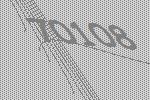
70108